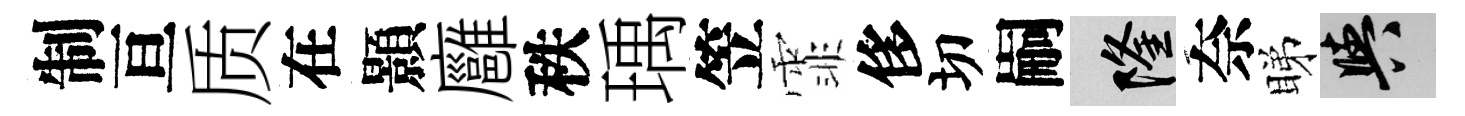
制亘质在顥廱秩瑀笠霏侈切嗣隆奈睇阳